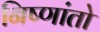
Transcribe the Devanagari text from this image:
निष्णांतो